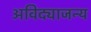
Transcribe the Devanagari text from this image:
अविद्याजन्य